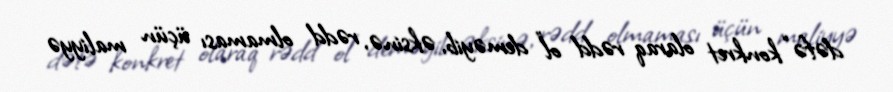
dəfə “konkret olaraq rədd ol” deməyib, əksinə, rədd olmaması üçün maliyyə